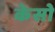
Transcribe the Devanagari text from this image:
केसो